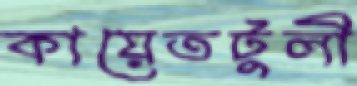
কায়েতটুলী